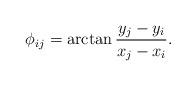
LaTeX: \begin{align*}\phi_{ij} = \arctan\frac{y_{j} - y_{i}}{x_{j} - x_{i}}.\end{align*}